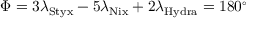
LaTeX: \Phi = 3 \lambda _ { \mathrm { { S t y x } } } - 5 \lambda _ { \mathrm { { N i x } } } + 2 \lambda _ { \mathrm { { H y d r a } } } = 1 8 0 ^ { \circ }